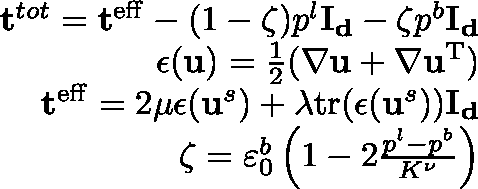
\begin{array} { r } { \mathbf { t } ^ { t o t } = \mathbf { t } ^ { \mathrm { e f f } } - ( 1 - \zeta ) p ^ { l } \mathbf { I _ { d } } - \zeta p ^ { b } \mathbf { I _ { d } } } \\ { \mathbf { \epsilon } ( \mathbf { u } ) = \frac { 1 } { 2 } ( \nabla \mathbf { u } + \nabla \mathbf { u } ^ { \mathrm { T } } ) } \\ { \mathbf { t } ^ { \mathrm { e f f } } = 2 \mu \mathbf { \epsilon } ( \mathbf { u } ^ { s } ) + \lambda \mathrm { t r } ( \mathbf { \epsilon } ( \mathbf { u } ^ { s } ) ) \mathbf { I _ { d } } } \\ { \zeta = \varepsilon _ { 0 } ^ { b } \left( 1 - 2 \frac { p ^ { l } - p ^ { b } } { K ^ { \nu } } \right) } \end{array}